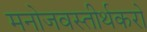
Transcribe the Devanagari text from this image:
मनोजवस्तीर्थकरो